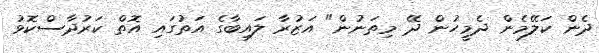
ދެން ކަލޭމެން ދެމީހުން ދޭ މިތަނުން" އަޒުރާ ލައިބާގެ އަތުގައި އޮތް ކަރުދާސްކޮޅު